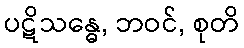
ပဋိသန္ဓေ, ဘဝင်, စုတိ